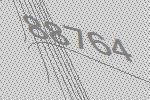
88764